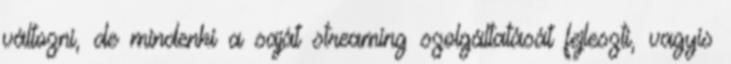
változni, de mindenki a saját streaming szolgáltatását fejleszti, vagyis